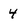
Character: 4